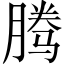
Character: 腾